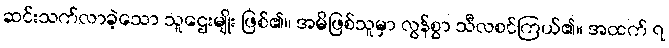
ဆင်းသက်လာခဲ့သော သူဌေးမျိုး ဖြစ်၏။ အမိဖြစ်သူမှာ လွန်စွာ သီလစင်ကြယ်၏။ အထက် ၇